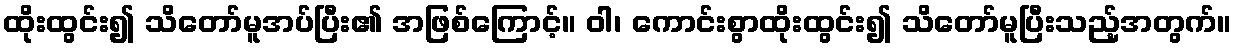
ထိုးထွင်း၍ သိတော်မူအပ်ပြီး၏ အဖြစ်ကြောင့်။ ဝါ၊ ကောင်းစွာထိုးထွင်း၍ သိတော်မူပြီးသည့်အတွက်။